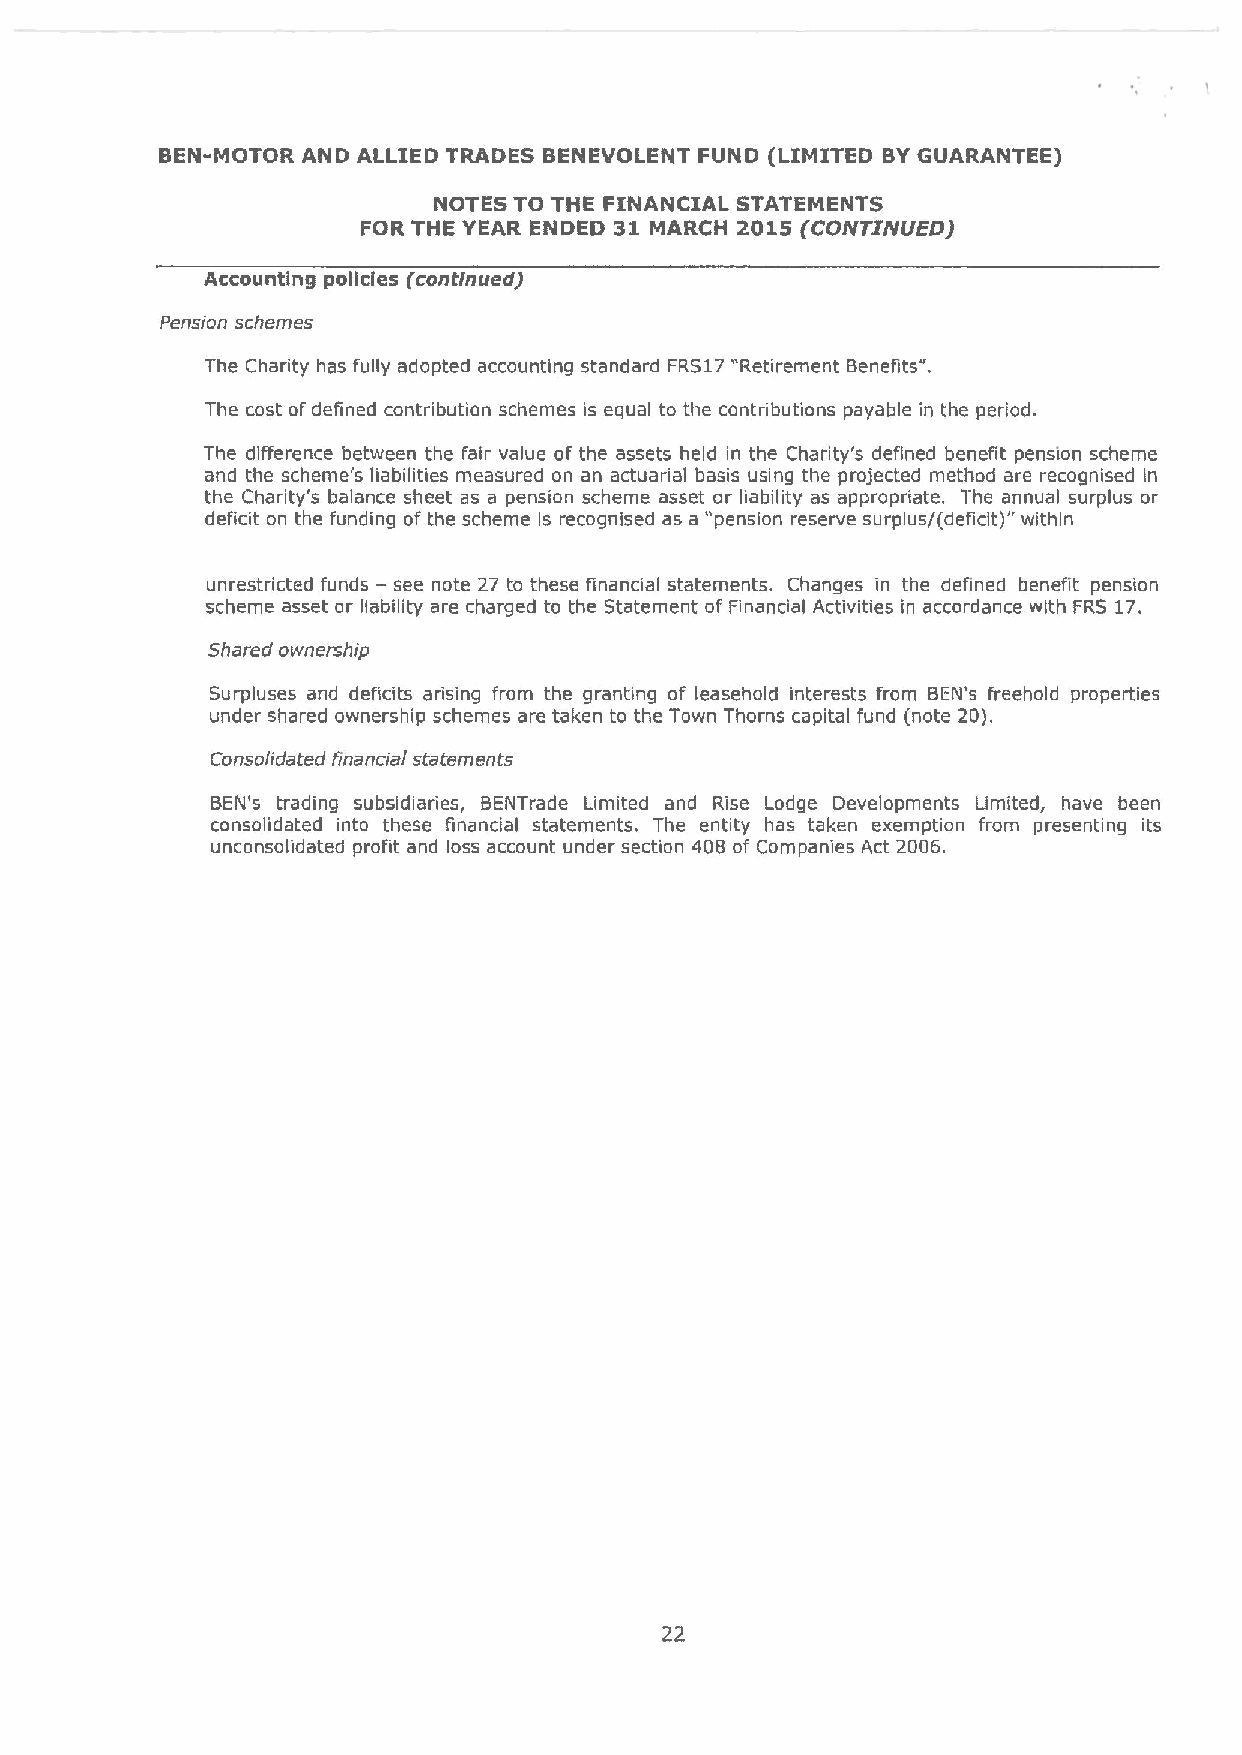
BEN-MOTOR AND ALLIED TRADES BENEVOLENT FUND (LIMITED BYGUARANTEE)
 NOTES TO THE FINANCIAL STATEMENTS
 FOR THE YEAR ENDED 31 MARCH 2015 (Coh(TIIVUED)
 Accounting policies (continued)
 Pension schemes
 The Charity has fully adopted accounting standard FRS17 "Retirement Benefits".
 The cost ofdefined contribution schemes is equal to the contributions payable in the period.
 The difference between the fair value of the assets held in the Charity's defined benefit pension scheme
 and the scheme's liabilities measured on an actuarial basis using the projected method are recognised in
 the Charity's balance sheet as a pension scheme asset or liability as appropriate, The annual surplus or
 deficit on the funding of the scheme is recognised as a "pension reserve surplus/(deficit)" within
 unrestricted funds —see note 27 to these financial statements. Changes in the defined benefit pension
 scheme asset or liability are charged to the Statement of Financial Activities in accordance with FRS 17.
 Shared ownership
 Surpluses and deficits adising from the granting of leasehold interests from BEN's freehold properties
 under shared ownership schemes are taken to the Town Thorns capital fund (note 20).
 Consolidated financial statements
 BEN's trading subsidiadies, BENTrade Limited and Rise Lodge Developments Limited, have been
 consolidated into these financial statements. The entity has taken exemption from presenting its
 unconsolidated profit and loss account under section 408 of Companies Act 2006.
 22